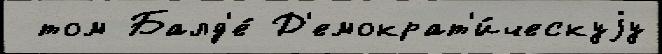
 том Балд'е́ Д'емократ'и́ческуjу